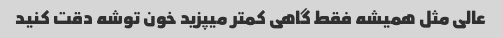
عالی مثل همیشه فقط گاهی کمتر میپزید خون توشه دقت کنید